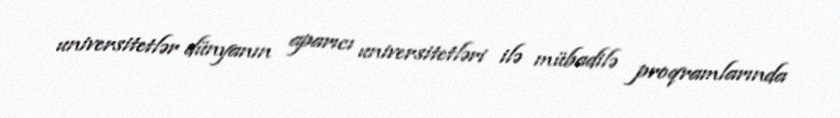
universitetlər dünyanın aparıcı universitetləri ilə mübadilə proqramlarında